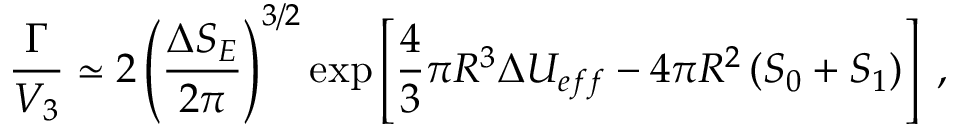
\frac { \Gamma } { V _ { 3 } } \simeq 2 \left( \frac { \Delta S _ { E } } { 2 \pi } \right) ^ { 3 / 2 } \exp \left[ \frac { 4 } { 3 } \pi R ^ { 3 } \Delta U _ { e f f } - 4 \pi R ^ { 2 } \left( { \cal S } _ { 0 } + { \cal S } _ { 1 } \right) \right] \; ,